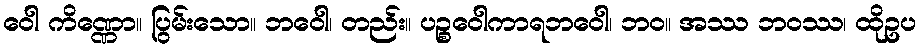
ဝေါ ကိဏ္ဏော။ ပြွမ်းသော။ ဘဝေါ၊ တည်း။ ပဉ္စဝေါကာရဘဝေါ၊ ဘဝ။ အဿ ဘဝဿ၊ ထိုဥပ